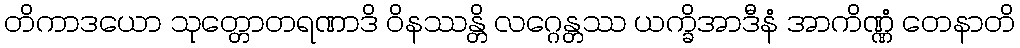
တိကာဒယော သုတ္တောတရဏာဒိ ဝိနဿန္တိ လဂ္ဂေန္တဿ ယက္ခိအာဒီနံ အာကိဏ္ဏံ တေနာတိ